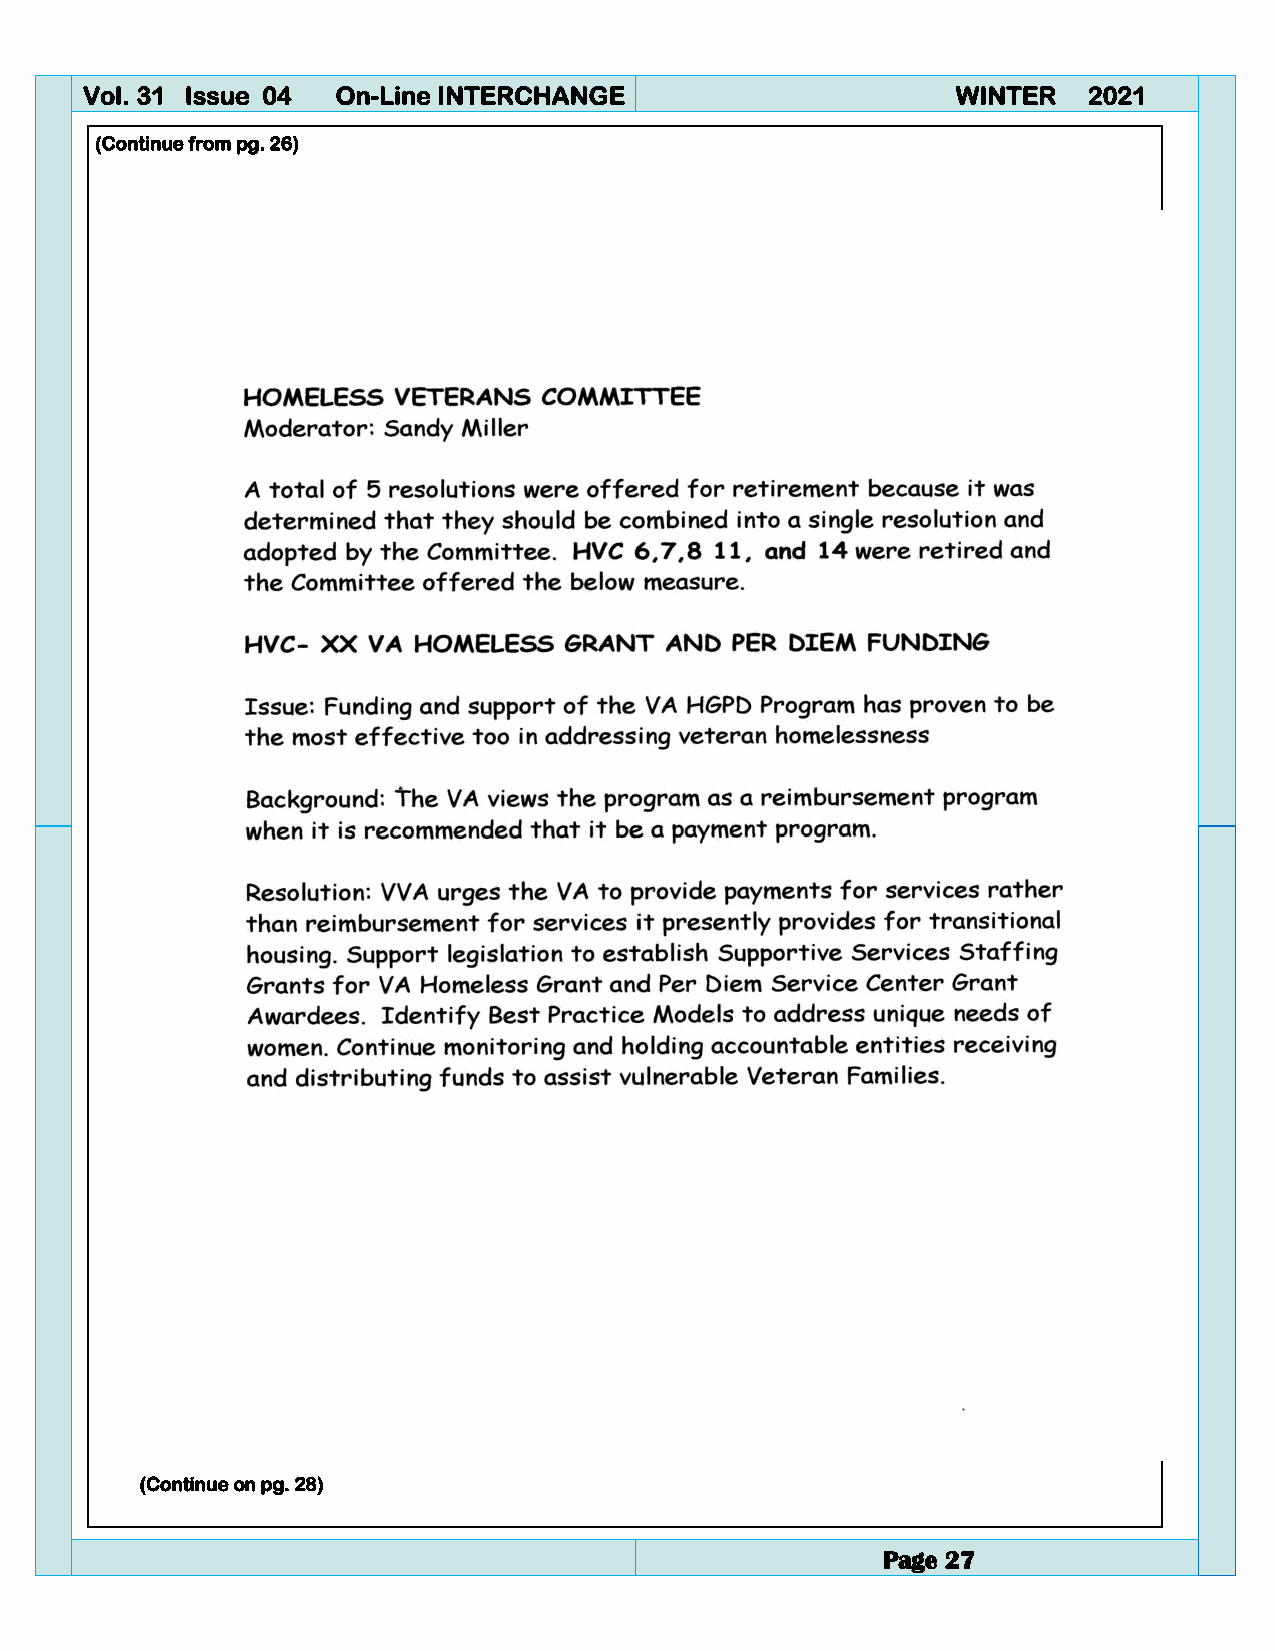
Vol. 31 Issue 04 On-Line INTERCHANGE                      WINTER   2021
 (Continue from pg. 26)
 (Continue on pg. 28)
 Page 27